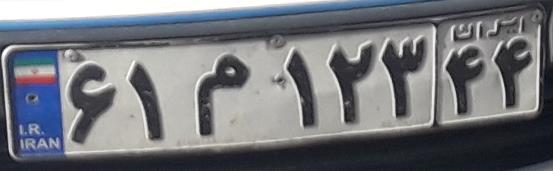
۶۱م۱۲۳۴۴